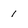
Character: 1